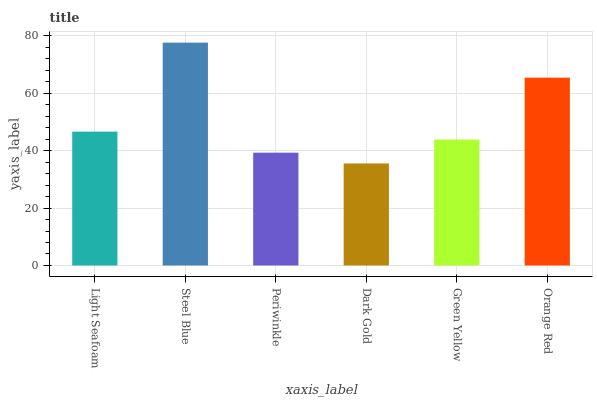
| xaxis_label | bars |
 | --- | --- |
 | Light Seafoam | 46.6 |
 | Steel Blue | 77.6 |
 | Periwinkle | 39.3 |
 | Dark Gold | 35.5 |
 | Green Yellow | 43.8 |
 | Orange Red | 65.4 |